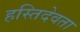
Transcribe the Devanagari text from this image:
हस्तिदेवता